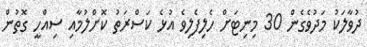
ދުވާލަކު މަދުވެގެން 30 މިނިޓަށް ހެލިފެލިވެ އުޅެ ކަސްރަތު ކޮށްލުމާއި ސިއްހީ ގޮތުން